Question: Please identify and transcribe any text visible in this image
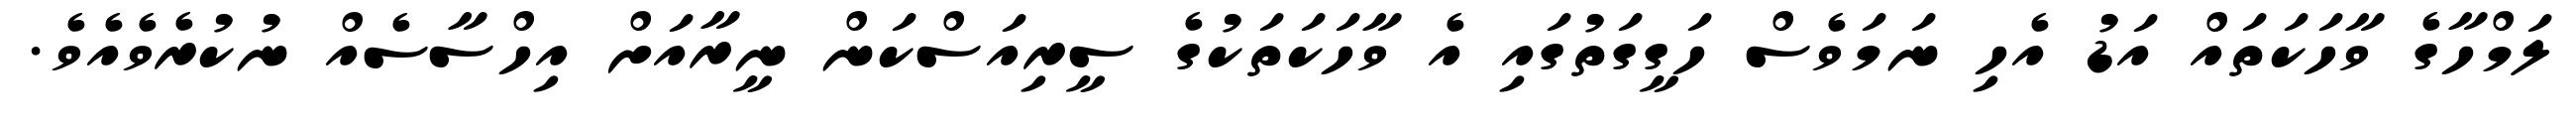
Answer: ލަމްހާގެ ވާހަކަތައް އަޑު އެހި ނަމަވެސް ހަގީގަތުގައި އެ ވާހަކަތަކުގެ ސީރިއަސްކަން ނީރާއަށް އިހްސާސެއް ނުކުރެވެއެވެ.